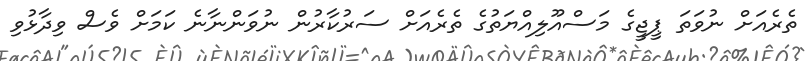
ތެރެއަށް ނުވަތަ ޕީޖީގެ މަސްއޫލިއްޔަތުގެ ތެރެއަށް ސަރުކާރުން ނުވަންނާނެ ކަމަށް ވެސް ވިދާޅުވި